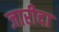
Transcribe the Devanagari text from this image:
जारीदा